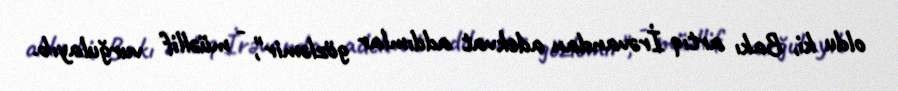
oldu ki, Bakı artıq İrəvandan adekvat addımlar gözləmir", - müəllif vurğulayıb.